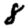
Digit: 8